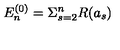
E _ { n } ^ { ( 0 ) } = \Sigma _ { s = 2 } ^ { n } R ( a _ { s } )